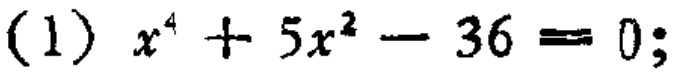
\((1) x^{4}+5x^{2}-36 = 0;\)